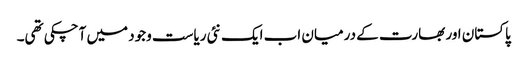
پاکستان اور بھارت کے درمیان اب ایک نئی ریاست وجود میں آچکی تھی۔